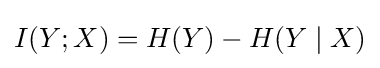
I(Y;X)=H(Y)-H(Y\mid X)